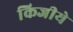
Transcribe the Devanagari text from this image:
किजीये